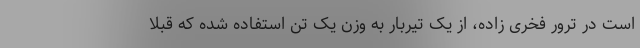
است در ترور فخری زاده، از یک تیربار به وزن یک تن استفاده شده که قبلا